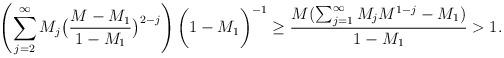
LaTeX: \begin{align*}\left(\sum_{j=2}^{\infty} M_j\big(\frac{M-M_1}{1-M_1}\big)^{2-j}\right)\bigg(1-M_1\bigg)^{-1}\geq\frac{M(\sum_{j=1}^{\infty}M_jM^{1-j}-M_1)}{1-M_1}>1.\end{align*}